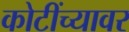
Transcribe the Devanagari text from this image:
कोटींच्यावर